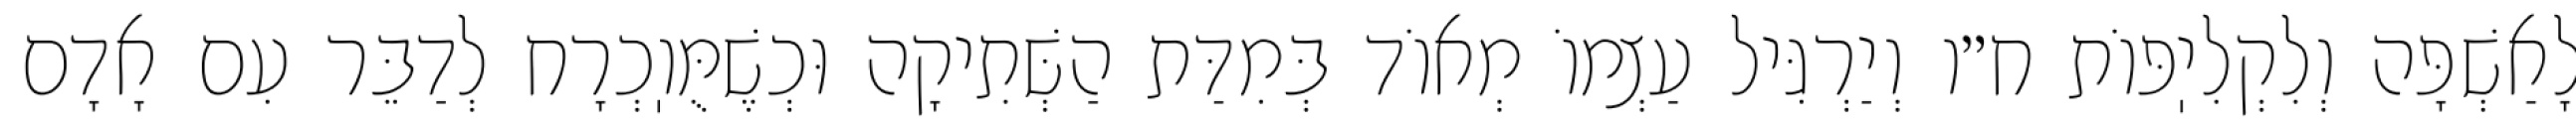
לָאַשְׁפָּה וְלִקְלִיֽפּוֹת ח״ו וְיַרְגִּיל עַצְמוֹ מְאוֹד בְּמִדַּת הַשְּׁתִיקָה וּכְשֶׁמֻּוֽכְרָח לְדַבֵּר עִם אָדָם